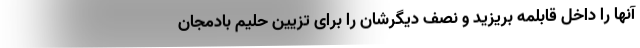
آنها را داخل قابلمه بریزید و نصف دیگرشان را برای تزیین حلیم بادمجان